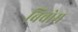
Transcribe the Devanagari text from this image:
बिचोम